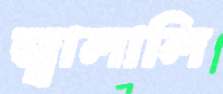
জ্বালালি